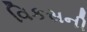
વિકસની